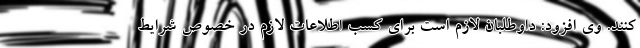
کنند. وی افزود: داوطلبان لازم است برای کسب اطلاعات لازم در خصوص شرایط